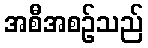
အစီအစဉ်သည်